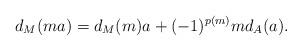
LaTeX: \begin{align*}d_M(ma)=d_M(m)a+(-1)^{p(m)}md_A(a).\end{align*}